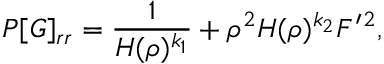
P [ G ] _ { r r } = \frac { 1 } { H ( \rho ) ^ { k _ { 1 } } } + \rho ^ { 2 } H ( \rho ) ^ { k _ { 2 } } F ^ { \prime } { } ^ { 2 } ,